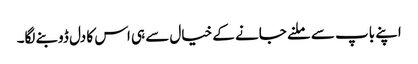
اپنے باپ سے ملنے جانے کے خیال سے ہی اس کا دل ڈوبنے لگا۔